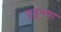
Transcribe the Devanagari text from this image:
पुतुमषा